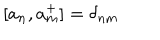
[ a _ { n } , a _ { m } ^ { + } ] = \delta _ { n m }